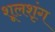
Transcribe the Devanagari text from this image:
शूलशृंग